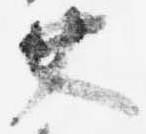
大